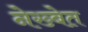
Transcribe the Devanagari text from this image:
नेख्बेत